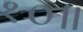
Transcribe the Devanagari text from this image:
१०॥